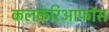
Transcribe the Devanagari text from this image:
कलकेरिआफॉस